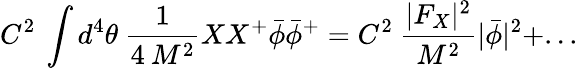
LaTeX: C^{2}\: \int d^{4}\theta\: {\frac{1}{4\: M^{2}}}XX^{+}\bar{\phi}\bar{\phi}^{+}=C^{2}\: {\frac{|F_{X}|^{2}}{M^{2}}}|\bar{\phi}|^{2}+...